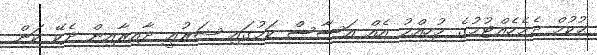
ޙުކުމް ދެމެހެއްޓުމުގެ މުހިއްމު އެއް އަސާސް ކަމުގައި ޝަރުޢީ ދާއިރާއިން ދެކޭ ކަން